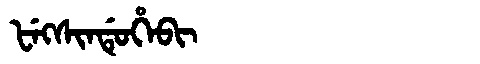
Manchu: ᡶᡝᡴᠰᡳᠨᡩᡠᡥᡝᠪᡳ
Romanization: FEKSINDUHEBI